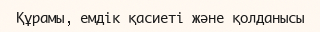
Құрамы, емдік қасиеті және қолданысы